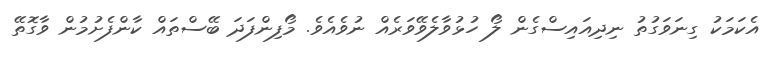
އެކަމަކު ގިނަވަގުތު ނިދިއައިސްގެން ލޯ ހުޅުވާލެވޭވަރެއް ނުވެއެވެ. މޯފިންފަދަ ބޭސްތައް ކާންފެށުމުން ވާގޮތޭ